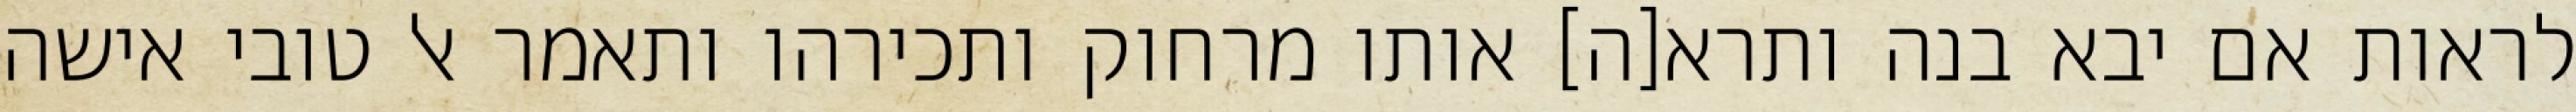
לראות אם יבא בנה ותרא[ה] אותו מרחוק ותכירהו ותאמר אל טובי אישה